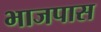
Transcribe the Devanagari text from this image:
भाजपास